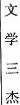
文学三杰